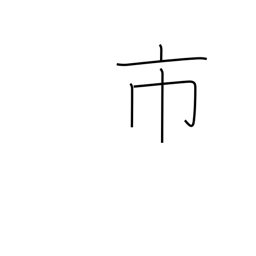
Meaning: city